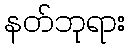
နတ်ဘုရား